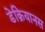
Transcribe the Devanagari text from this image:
डेक्रियानस